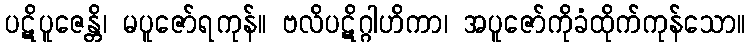
ပဋိပူဇေန္တိ၊ မပူဇော်ရကုန်။ ဗလိပဋိဂ္ဂါဟိကာ၊ အပူဇော်ကိုခံထိုက်ကုန်သော။